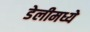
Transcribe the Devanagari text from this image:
डेलीमध्ये